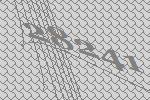
28241